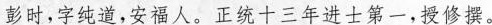
彭时，字纯道，安福人。正十三年进士第一，授修撰。